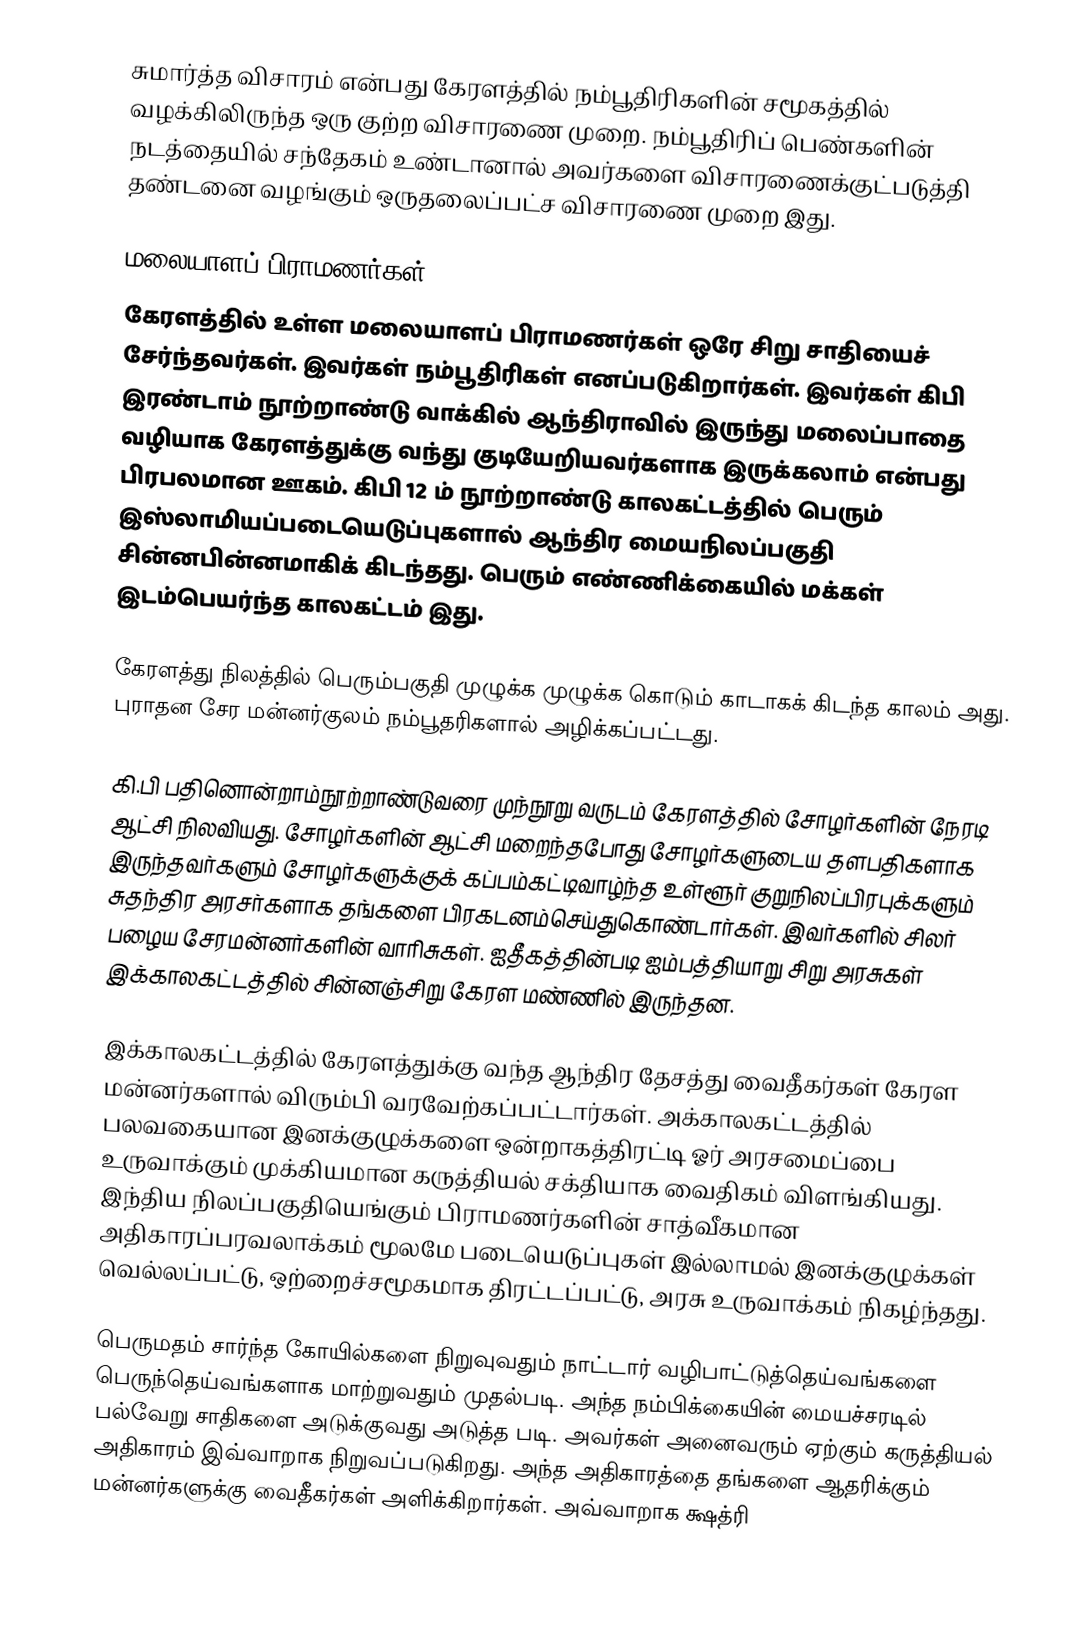
சுமார்த்த விசாரம் என்பது கேரளத்தில் நம்பூதிரிகளின் சமூகத்தில் வழக்கிலிருந்த ஒரு குற்ற விசாரணை முறை. நம்பூதிரிப் பெண்களின் நடத்தையில் சந்தேகம் உண்டானால் அவர்களை விசாரணைக்குட்படுத்தி தண்டனை வழங்கும் ஒருதலைப்பட்ச விசாரணை முறை இது.

மலையாளப் பிராமணர்கள்
கேரளத்தில் உள்ள மலையாளப் பிராமணர்கள் ஒரே சிறு சாதியைச் சேர்ந்தவர்கள். இவர்கள் நம்பூதிரிகள் எனப்படுகிறார்கள். இவர்கள் கிபி இரண்டாம் நூற்றாண்டு வாக்கில் ஆந்திராவில் இருந்து மலைப்பாதை வழியாக கேரளத்துக்கு வந்து குடியேறியவர்களாக இருக்கலாம் என்பது பிரபலமான ஊகம். கிபி 12 ம் நூற்றாண்டு காலகட்டத்தில் பெரும் இஸ்லாமியப்படையெடுப்புகளால் ஆந்திர மையநிலப்பகுதி சின்னபின்னமாகிக் கிடந்தது. பெரும் எண்ணிக்கையில் மக்கள் இடம்பெயர்ந்த காலகட்டம் இது.

கேரளத்து நிலத்தில் பெரும்பகுதி முழுக்க முழுக்க கொடும் காடாகக் கிடந்த காலம் அது. புராதன சேர மன்னர்குலம் நம்பூதரிகளால்  அழிக்கப்பட்டது.

 கி.பி பதினொன்றாம்நூற்றாண்டுவரை முந்நூறு வருடம் கேரளத்தில் சோழர்களின் நேரடி ஆட்சி நிலவியது. சோழர்களின் ஆட்சி மறைந்தபோது சோழர்களுடைய தளபதிகளாக இருந்தவர்களும் சோழர்களுக்குக் கப்பம்கட்டிவாழ்ந்த உள்ளூர் குறுநிலப்பிரபுக்களும் சுதந்திர அரசர்களாக தங்களை பிரகடனம்செய்துகொண்டார்கள். இவர்களில் சிலர் பழைய சேரமன்னர்களின் வாரிசுகள். ஐதீகத்தின்படி ஐம்பத்தியாறு சிறு அரசுகள் இக்காலகட்டத்தில் சின்னஞ்சிறு கேரள மண்ணில் இருந்தன.

இக்காலகட்டத்தில் கேரளத்துக்கு வந்த ஆந்திர தேசத்து வைதீகர்கள் கேரள மன்னர்களால் விரும்பி வரவேற்கப்பட்டார்கள். அக்காலகட்டத்தில் பலவகையான இனக்குழுக்களை ஒன்றாகத்திரட்டி ஓர் அரசமைப்பை உருவாக்கும் முக்கியமான கருத்தியல் சக்தியாக வைதிகம் விளங்கியது. இந்திய நிலப்பகுதியெங்கும் பிராமணர்களின் சாத்வீகமான அதிகாரப்பரவலாக்கம் மூலமே படையெடுப்புகள் இல்லாமல் இனக்குழுக்கள் வெல்லப்பட்டு, ஒற்றைச்சமூகமாக திரட்டப்பட்டு, அரசு உருவாக்கம் நிகழ்ந்தது.

பெருமதம் சார்ந்த கோயில்களை நிறுவுவதும் நாட்டார் வழிபாட்டுத்தெய்வங்களை பெருந்தெய்வங்களாக மாற்றுவதும் முதல்படி. அந்த நம்பிக்கையின் மையச்சரடில் பல்வேறு சாதிகளை அடுக்குவது அடுத்த படி. அவர்கள் அனைவரும் ஏற்கும் கருத்தியல் அதிகாரம் இவ்வாறாக நிறுவப்படுகிறது. அந்த அதிகாரத்தை தங்களை ஆதரிக்கும் மன்னர்களுக்கு வைதீகர்கள் அளிக்கிறார்கள். அவ்வாறாக க்ஷத்ரி